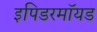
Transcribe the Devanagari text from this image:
इपिडरमॉयड